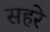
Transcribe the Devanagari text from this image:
सहरे